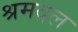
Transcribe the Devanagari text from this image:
श्रमदल